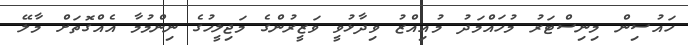
ހައުސިން މިނިސްޓަރު މުހައްމަދު މުއިއްޒު ވިދާޅުވީ ވަޒީރުންގެ މަޖިލީހުގެ ނިންމުމާ އެއްގޮތަށް މާލޭ